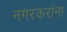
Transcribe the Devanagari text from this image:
नगरकरांना